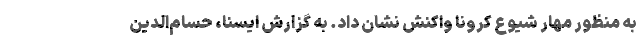
به منظور مهار شیوع کرونا واکنش نشان داد. به گزارش ایسنا، حسام‌الدین